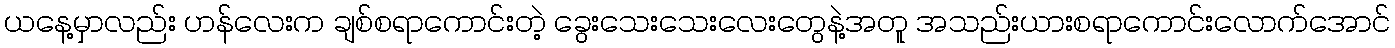
ယနေ့မှာလည်း ဟန်လေးက ချစ်စရာကောင်းတဲ့ ခွေးသေးသေးလေးတွေနဲ့အတူ အသည်းယားစရာကောင်းလောက်အောင်